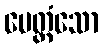
မေတ္တံသော